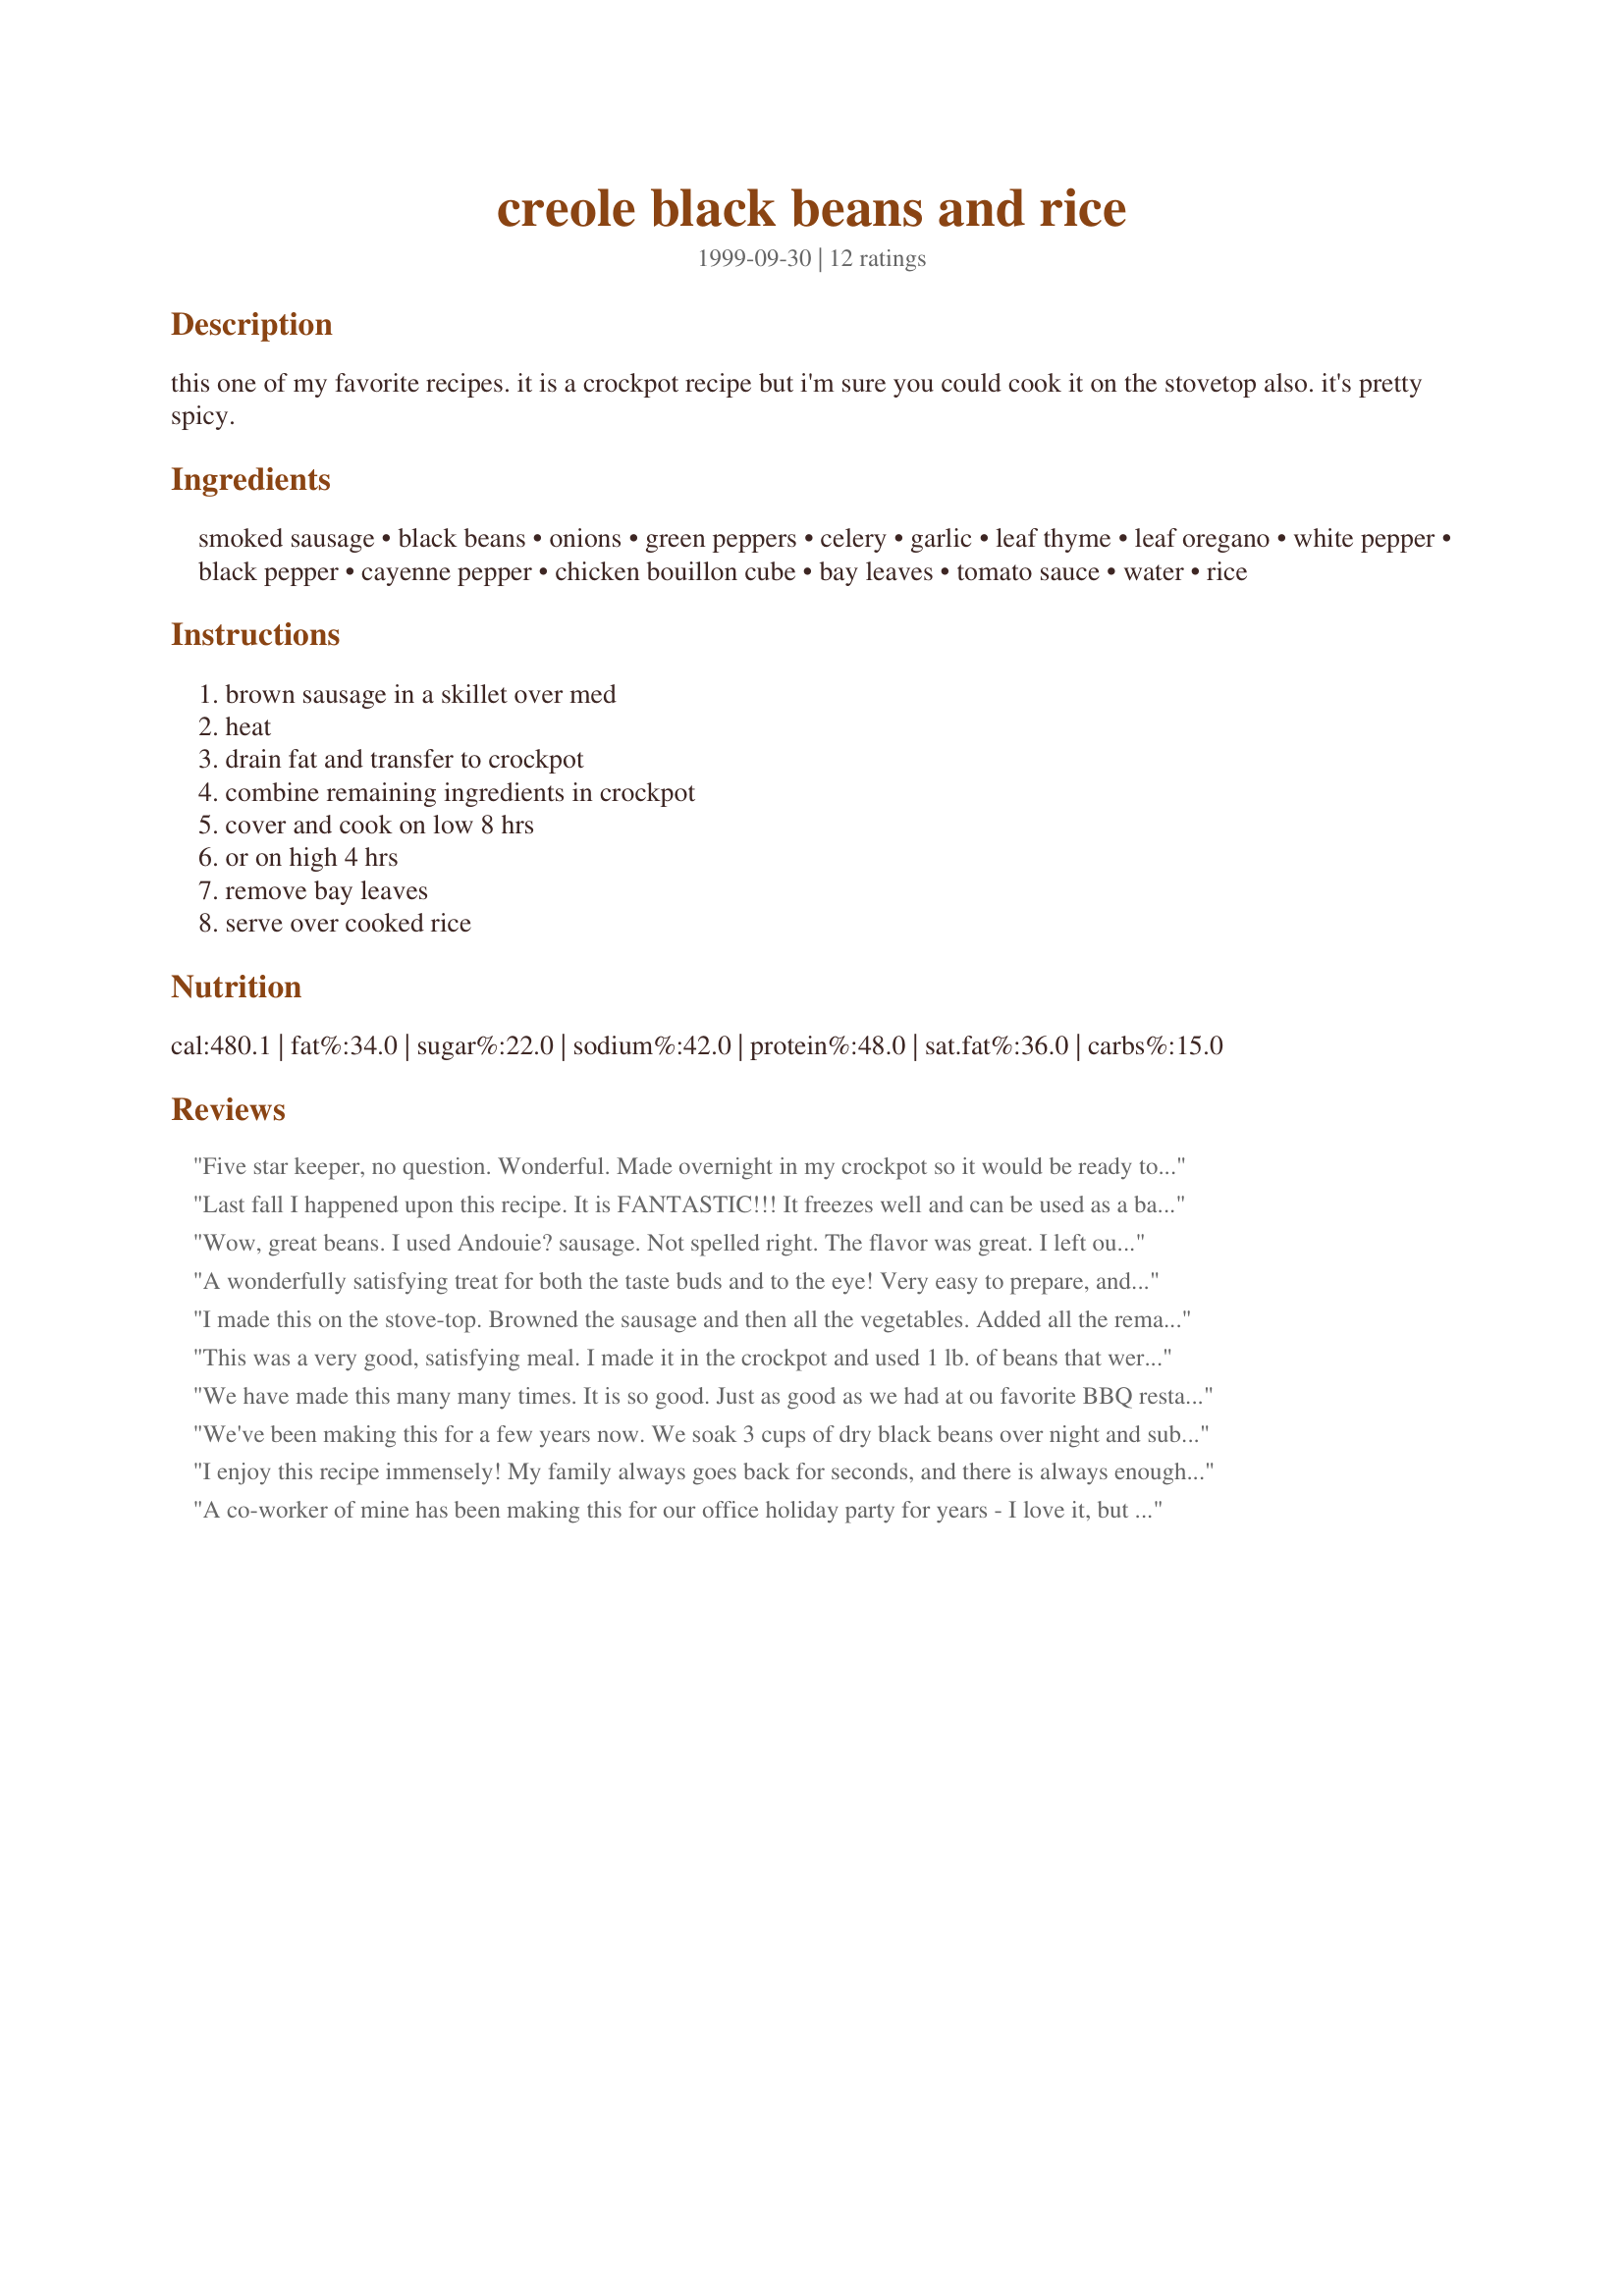
creole black beans and rice
Preparation time: 0 minutes

this one of my favorite recipes. it is a crockpot recipe but i'm sure you could cook it on the stovetop also. it's pretty spicy.

Ingredients:
smoked sausage, black beans, onions, green peppers, celery, garlic, leaf thyme, leaf oregano, white pepper, black pepper, cayenne pepper, chicken bouillon cube, bay leaves, tomato sauce, water, rice

Steps:
brown sausage in a skillet over med, heat, drain fat and transfer to crockpot, combine remaining ingredients in crockpot, cover and cook on low 8 hrs, or on high 4 hrs, remove bay leaves, serve over cooked rice

Reviews:
Five star keeper, no question. Wonderful. Made overnight in my crockpot so it would be ready to take to a friend the next morning. Only change - had no celery. Will make again and again. THANKS!
Last fall I happened upon this recipe. It is FANTASTIC!!! It freezes well and can be used as a baked potato topping or in a tortilla. I have added chicken or kidney beans etc and that is great too. I do OAMC, as I am alone, so I can enjoy it at anytime.
Wow, great beans. I used Andouie? sausage. Not spelled right. The flavor was great. I left out some of the pepper because this type of sausage is so spicy. Was really wonderful, am thinking of making it for a party.
A wonderfully satisfying treat for both the taste buds and to the eye! Very easy to prepare, and even the leftovers the next day were exquisitely delicious. 
You can make this as spicy as you dare, by altering the amount of cayenne. The spicier the better for me, so I added a bit of Tabasco to the mix for good measure. Also threw in a good-sized pinch of basil. 
Although the recipe calls for crock-pot cooking, I was pressed for time and prepared this on the stove-top. Next time I will try the crock pot, just so this wonderful smell will be present in the kitchen throughout the day.
I made this on the stove-top. Browned the sausage and then all the vegetables. Added all the remaining ingredients substituting a can of petite diced tomatoes instead of the tomato sauce. It still needed a little something extra so I added 3TBLS bottled lime juice. Perfect.
This was a very good, satisfying meal. I made it in the crockpot and used 1 lb. of beans that were soaked overnight. I kept everything else the same, using mild cajun sausage. I used Tony Cacherie's seasoning so I omitted the cayenne and peppers. In the beginning, I saw that it needed more water so I added 1 cup more.We ate this with recipe#316267, which was very nice. Thanks so much-
We have made this many many times. It is so good. Just as good as we had at ou favorite BBQ restaurant, and our BBQ guru neighbors raved about it too when we shared. Didn&#039;t change anything.
We've been making this for a few years now. We soak 3 cups of dry black beans over night and sub 1 cup of chicken stock for the bouillon cube. Might try the petite diced tomatoes this time around. And we always use Andouille sausage. We freeze this for DH's lunches. Update: We've found we need to add 2-3 cups of chicken stock if the beans are not pre-cooked.
I enjoy this recipe immensely! My family always goes back for seconds, and there is always enough for lunch the next day. It freezes well too!
A co-worker of mine has been making this for our office holiday party for years - I love it, but she's retiring, so I'm delighted to see it here for safekeeping. This recipe is terrific and easy - a crockpot recipe that's not mushy or bland. Yum!
I doubt I'll get to make this again, because my family thought it was too spicy. When will I learn!? However, I thought that it was a great multi-layered spice, not just *hot*. One caveat - I decided to use 2lb of sausage, & it made my 3 1/2 qt. crock too full. I suggest using a very high quality smoked sausage, and 1 c. chicken broth instead of the water + bouillon ... changes I would make if I were able to prepare this again.
Unfortunately we had to use chorizo instead of a nice Andouille smoked sausage but it still turned out OK. We used a can of diced tomatoes instead of sauce, which we enjoyed. We'll be making it again, especially if we can find the right sausage... perhaps homemade?
